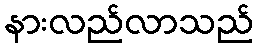
နားလည်လာသည်